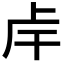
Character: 𢆌